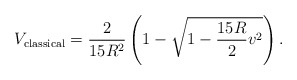
\begin{align*}V_{{\rm classical}} = \frac{2}{15 R^2} \left( 1-\sqrt{1-\frac{15 R}{2}v^2 }\right).\end{align*}